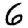
Digit: 6